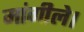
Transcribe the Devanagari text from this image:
मांगीले।